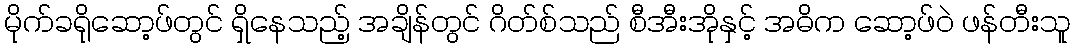
မိုက်ခရိုဆော့ဖ်တွင် ရှိနေသည့် အချိန်တွင် ဂိတ်စ်သည် စီအီးအိုနှင့် အဓိက ဆော့ဖ်ဝဲ ဖန်တီးသူ